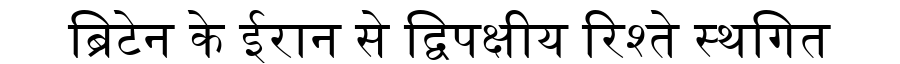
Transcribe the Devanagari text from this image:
ब्रिटेन के ईरान से द्विपक्षीय रिश्ते स्थगित